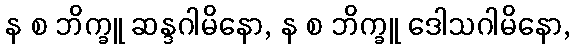
န စ ဘိက္ခူ ဆန္ဒဂါမိနော, န စ ဘိက္ခူ ဒေါသဂါမိနော,